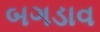
બગડાવ